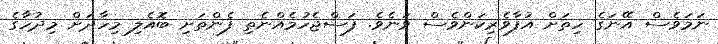
ނަމަވެސް އޭނަގެ ހިތަށް އުފާވެރިކަންވެސް ވަނެވެ. ފަސްޖެހުމެއްނެތި ފެންތަށި ބޮއެލި މިހާދަށް މިދުހާގެ